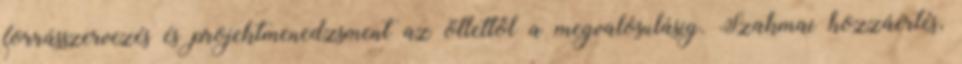
forrásszervezés és projektmenedzsment az ötlettől a megvalósulásig. Szakmai hozzáértés,